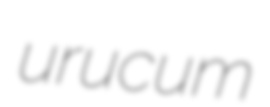
urucum